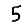
Digit: 5